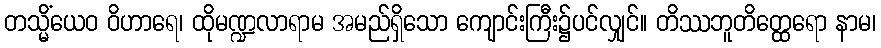
တသ္မိံယေဝ ဝိဟာရေ၊ ထိုမဏ္ဍလာရာမ အမည်ရှိသော ကျောင်းကြီး၌ပင်လျှင်။ တိဿဘူတိတ္ထေရော နာမ၊